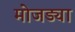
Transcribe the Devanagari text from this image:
मोजड्या